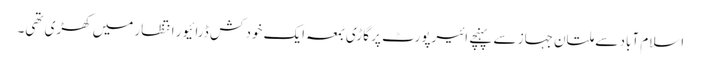
اسلام آباد سے ملتان جہاز سے پہنچے ائیرپورٹ پر گاڑی بمعہ ایک خود کش ڈرائیور انتظار میں کھڑی تھی۔